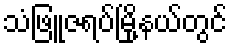
သံဖြူဇရပ်မြို့နယ်တွင်